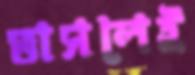
ভাসলেই